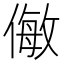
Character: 𠍁